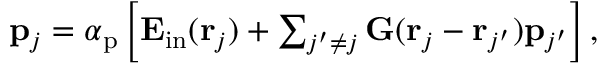
\begin{array} { r } { \mathbf p _ { j } = \boldsymbol \alpha _ { \mathrm { p } } \left[ \mathbf E _ { \mathrm { i n } } ( \mathbf r _ { j } ) + \sum _ { j ^ { \prime } \neq j } \mathbf G ( \mathbf r _ { j } - \mathbf r _ { j ^ { \prime } } ) \mathbf p _ { j ^ { \prime } } \right] , } \end{array}